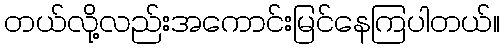
တယ်လို့လည်းအကောင်းမြင်နေကြပါတယ်။